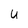
Character: u